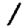
Digit: 1